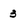
Character: 3